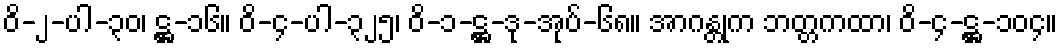
ဝိ-၂-ပါ-၃၀၊ ဋ္ဌ-၁၆။ ဝိ-၄-ပါ-၃၂၅၊ ဝိ-၁-ဋ္ဌ-ဒု-အုပ်-၆၈။ အာဂန္တုက ဘတ္တကထာ၊ ဝိ-၄-ဋ္ဌ-၁၀၄။